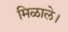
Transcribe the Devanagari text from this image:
मिळाले।